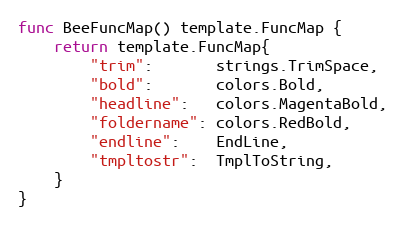
Language: Go
func BeeFuncMap() template.FuncMap {
	return template.FuncMap{
		"trim":       strings.TrimSpace,
		"bold":       colors.Bold,
		"headline":   colors.MagentaBold,
		"foldername": colors.RedBold,
		"endline":    EndLine,
		"tmpltostr":  TmplToString,
	}
}